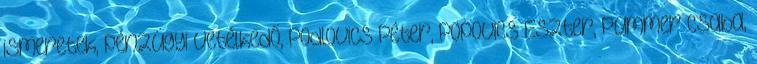
ismeretek, pénzügyi vetélkedő, Podlovics Péter, Popovics Eszter, Pummer Csaba,